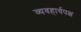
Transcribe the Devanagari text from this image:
व्यवहार्यपक्ष